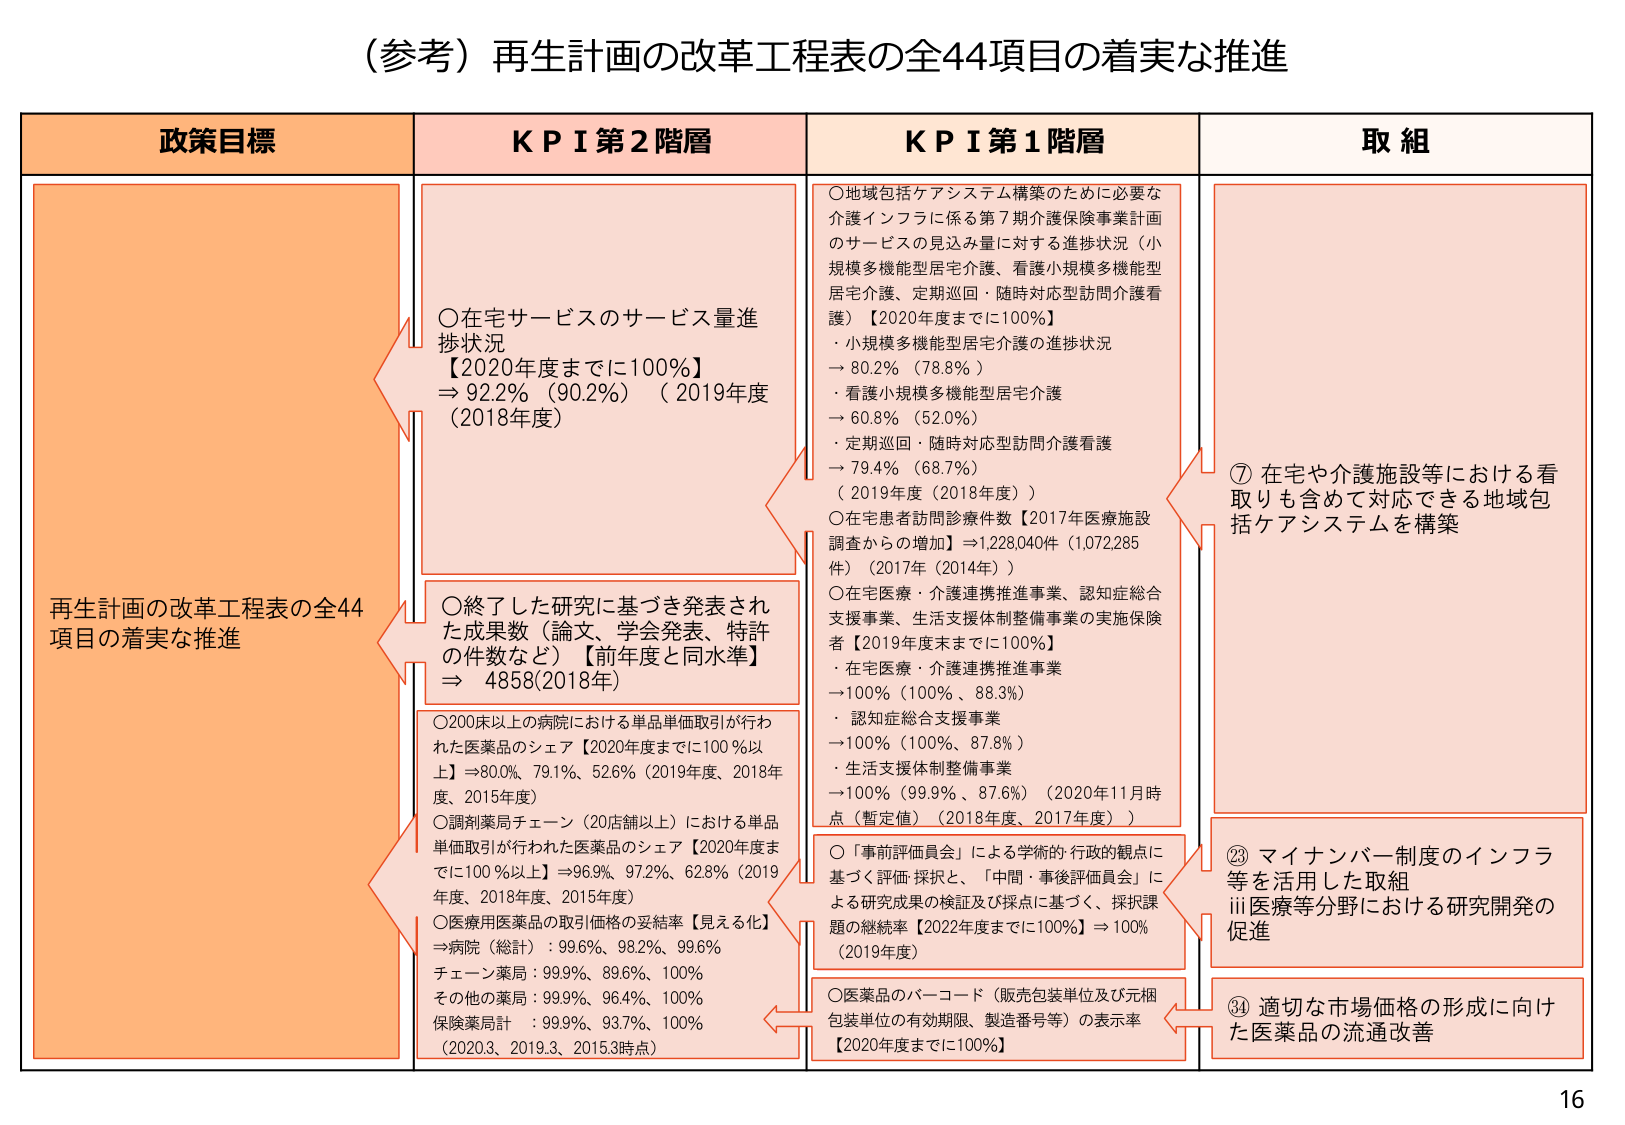
（参考）再生計画の改革工程表の全44項目の着実な推進

政策目標
再生計画の改革工程表の全44項目の着実な推進

KPI 第2階層
○在宅サービスのサービス量進捗状況
【2020年度までに100％】
⇒ 92.2％（90.2％）（2019年度（2018年度））

○終了した研究に基づき発表された成果数（論文、学会発表、特許の件数など）【前年度と同水準】
⇒ 4858（2018年）

○200床以上の病院における単品単価取引が行われた医薬品のシェア【2020年度までに100％以上】⇒80.0％、79.1％、52.6％（2019年度、2018年度、2015年度）

○調剤薬局チェーン（20店舗以上）における単品単価取引が行われた医薬品のシェア【2020年度までに100％以上】⇒96.9％、97.2％、62.8％（2019年度、2018年度、2015年度）

○医療用医薬品の取引価格の妥結率【見える化】
⇒病院（総計）：99.6％、98.2％、99.6％
チェーン薬局：99.9％、89.6％、100％
その他の薬局：99.9％、96.4％、100％
保険薬局：99.9％、93.7％、100％
（2020.3、2019.3、2015.3時点）

KPI 第1階層
○地域包括ケアシステム構築のために必要な介護インフラに係る第7期介護保険事業計画のサービスの見込み量に対する進捗状況（小規模多機能型居宅介護、看護小規模多機能型居宅介護、定期巡回・随時対応型訪問介護看護）【2020年度までに100％】
・小規模多機能型居宅介護の進捗状況
→ 80.2％（78.8％）
・看護小規模多機能型居宅介護
→ 60.8％（52.0％）
・定期巡回・随時対応型訪問介護看護
→ 79.4％（68.7％）
（2019年度（2018年度））

○在宅患者訪問診療件数【2017年医療施設調査からの増加】⇒1,228,040件（1,072,285件）（2017年（2014年））

○在宅医療・介護連携推進事業、認知症総合支援事業、生活支援体制整備事業の実施保険者【2019年度末までに100％】
・在宅医療・介護連携推進事業
→100％（100％、88.3％）
・認知症総合支援事業
→100％（100％、87.8％）
・生活支援体制整備事業
→100％（99.9％、87.6％）（2020年11月時点（暫定値）（2018年度、2017年度））

○「事前評価委員会」による学術的・行政的観点に基づく評価・採択と、「中間・事後評価委員会」による研究成果の検証及び採点に基づく、採択課題の継続率【2022年度までに100％】⇒100％（2019年度）

○医薬品のバーコード（販売包装単位及び元梱包装単位の有効期限、製造番号等）の表示率【2020年度までに100％】

取組
⑦ 在宅や介護施設等における看取りも含めて対応できる地域包括ケアシステムを構築

⑲ マイナンバー制度のインフラ等を活用した取組
ⅲ 医療等分野における研究開発の促進

⑳ 適切な市場価格の形成に向けた医薬品の流通改善

16